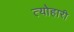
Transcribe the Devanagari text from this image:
त्योहारी